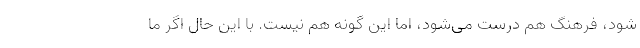
شود، فرهنگ هم درست می‌شود، اما این گونه هم نیست. با این حال اگر ما